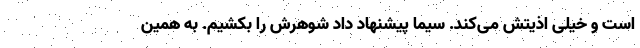
است و خیلی اذیتش می‌کند. سیما پیشنهاد داد شوهرش را بکشیم. به همین